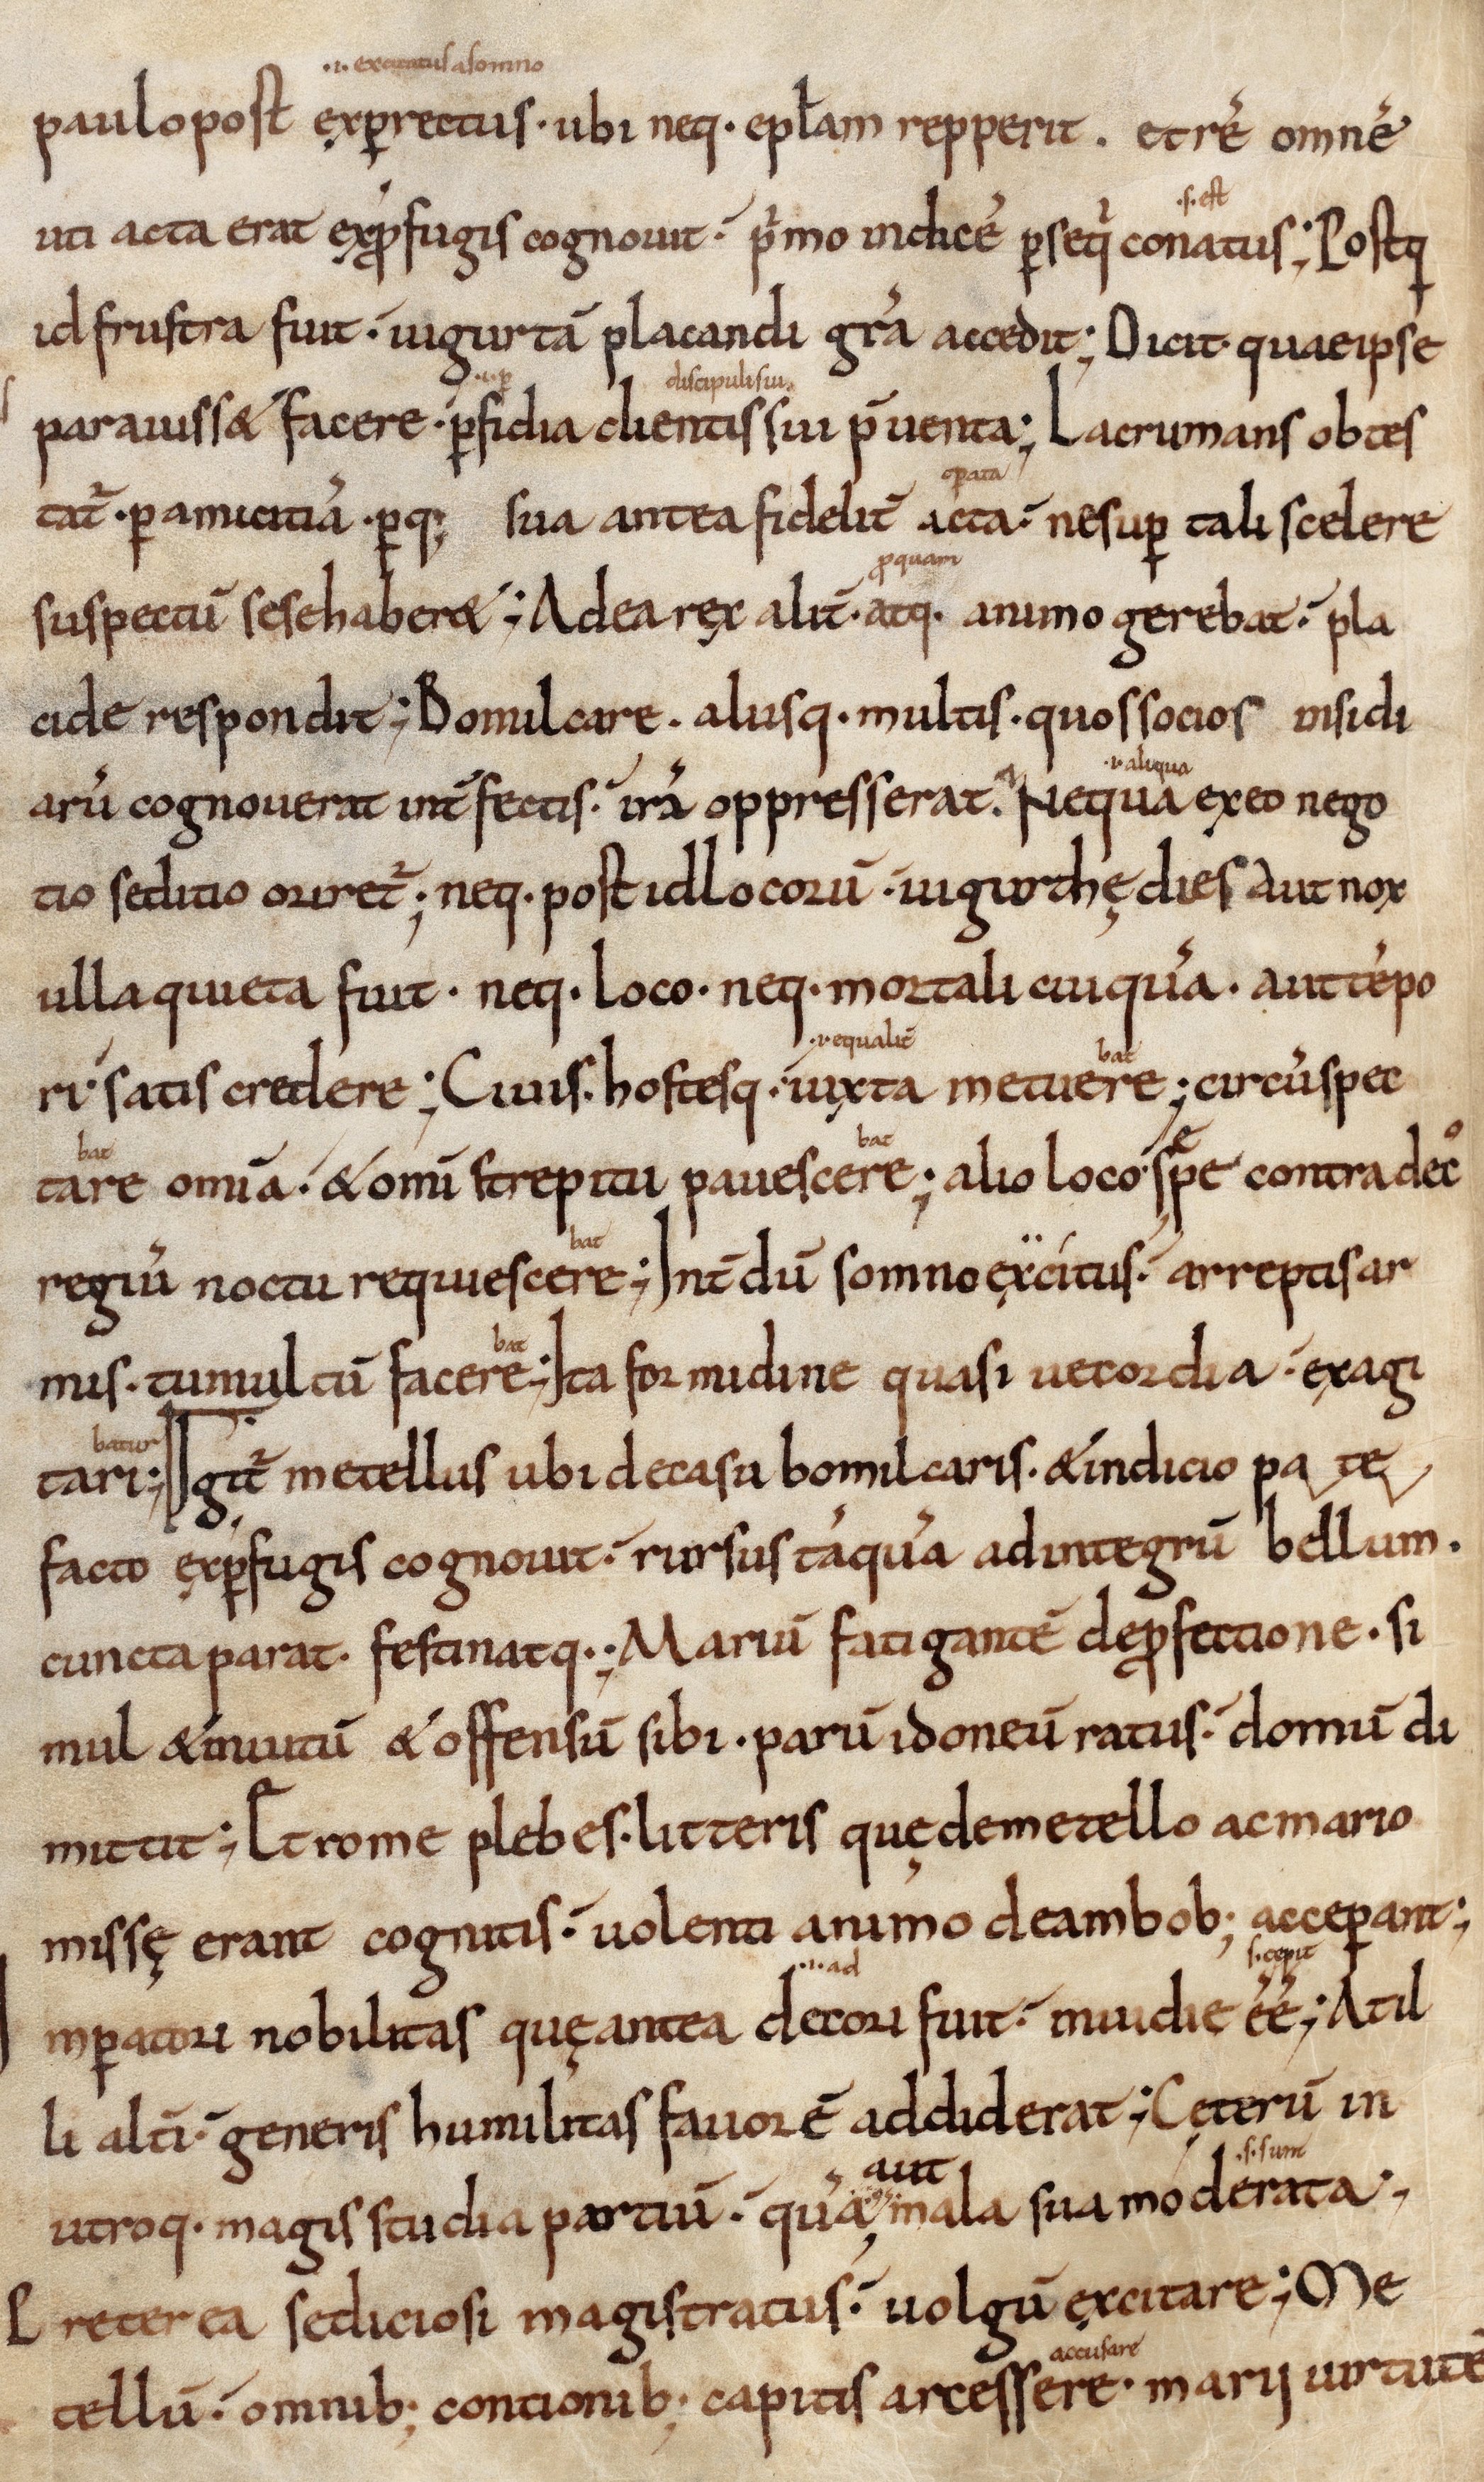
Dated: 1000–1099